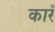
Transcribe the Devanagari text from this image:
कारँ